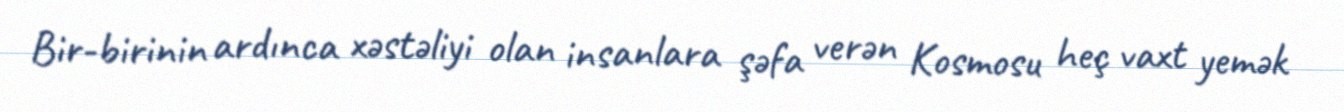
Bir-birinin ardınca xəstəliyi olan insanlara şəfa verən Kosmosu heç vaxt yemək